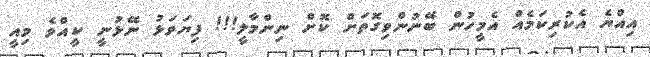
އިއްޔެ އެކުރިކަމެއް އެމީހުން ބޭނުންވިގޮތަށް ކޮށް ނިންމާލީ!!! ފިޔަވަޅު ނޭޅުނީ ކީއްވެ މިއީ